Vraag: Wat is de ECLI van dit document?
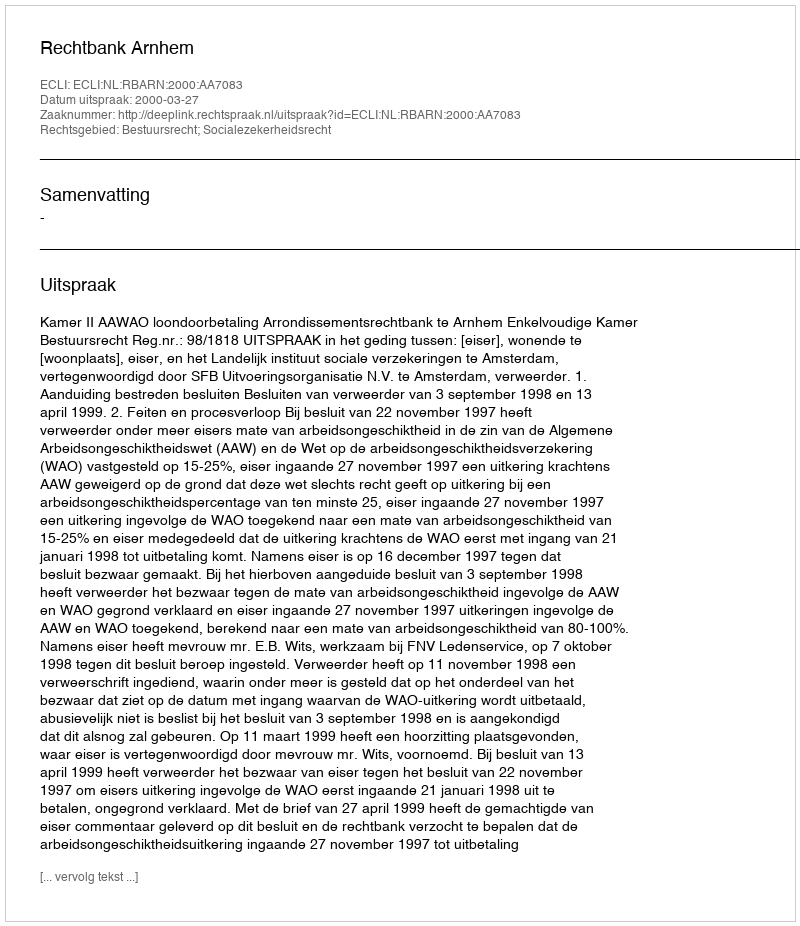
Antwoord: ECLI:NL:RBARN:2000:AA7083